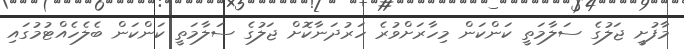
މާފުށީ ޖަލުގެ ސަލާމަތީ ކަންކަން މިހާރަށްވުރެ ހަރުދަނާކޮށް ޖަލުގެ ސަލާމަތީ ކަންކަން ބެލެހެއްޓުމުގައި